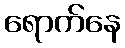
ရောက်နေ